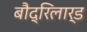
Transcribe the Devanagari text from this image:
बौद्रिलार्ड